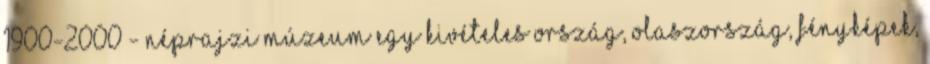
1900-2000 - Néprajzi Múzeum Egy kivételes ország, Olaszország, fényképek,